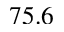
7 5 . 6